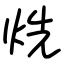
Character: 烍